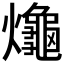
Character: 𪚱